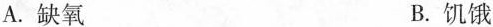
A. 缺氧 B. 饥饿